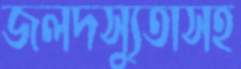
জলদস্যুতাসহ